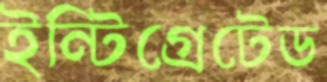
ইন্টিগ্রেটেড